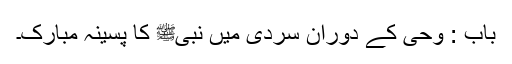
باب : وحی کے دوران سردی میں نبیﷺ کا پسینہ مبارک۔